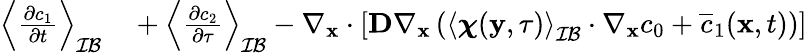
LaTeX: \begin{array}{rl}{\left\langle\frac{\partial c_{1}}{\partial t}\right\rangle_{\mathcal{IB}}}&{{}+\left\langle\frac{\partial c_{2}}{\partial\tau}\right\rangle_{\mathcal{IB}}-\nabla_{\mathbf x}\cdot\left[\textbf{D}\nabla_{\mathbf x}\left(\left\langle\boldsymbol\chi(\mathbf y,\tau)\right\rangle_{\mathcal{IB}}\cdot\nabla_{\mathbf x}c_{0}+\overline{c}_{1}(\mathbf x,t)\right)\right]}\end{array}